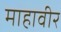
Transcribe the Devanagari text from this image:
माहावीर